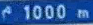
1000 m